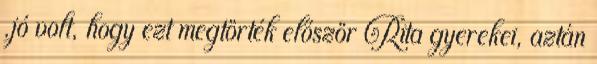
.jó volt, hogy ezt megtörték először Rita gyerekei, aztán